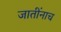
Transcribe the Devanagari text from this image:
जातींनाच